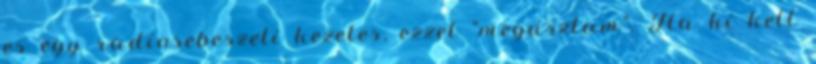
es egy radiosebeszeti kezeles, ezzel “megusztam”. Ha ki kell